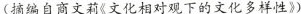
（摘编自商文莉《文化相对观下的文化多样性》）